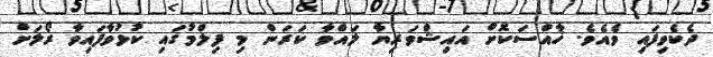
ދެކެވިފައި ވެއެވެ. ޚާއްސަކޮށް އައިޝްވަރިޔާ ލައްވާ ކަރަން މި ފިލްމުގައި ކުޅުވާފައިވާ ރޯލަށް